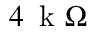
4 \, \textrm { k } \Omega